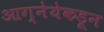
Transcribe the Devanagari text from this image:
आग्नेयेकडून